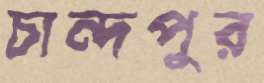
চান্দপুর